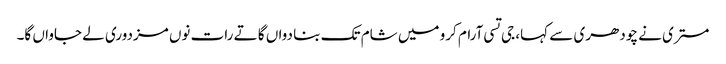
مستری نے چودھری سے کہا، جی تسی آرام کرو میں شام تک بنا دواں گا تے رات نوں مزدوری لے جاواں گا۔